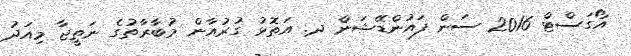
އޯގަސްޓް 2016 ސަން ފައުންޑޭޝަން ދ. އަތޮޅު ގުރުއާން މުބާރާތުގެ ނަތީޖާ މިއަދު